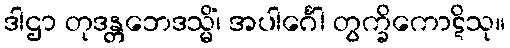
ဒါဌာ တုဒန္တဘေဒသ္မိံ၊ အပါင်္ဂေါ တွက္ခိကောဋိသု။